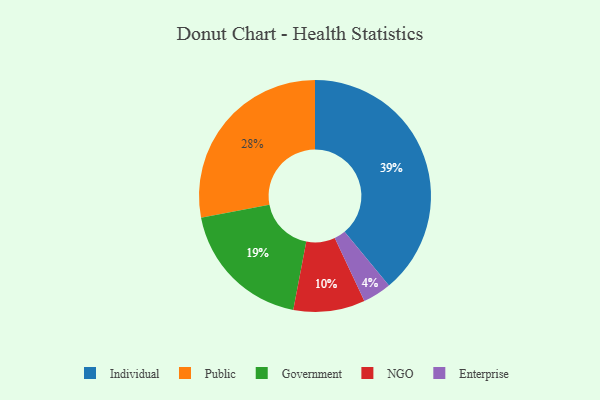
{"axis": {"x": "Category", "y": "Percentage"}, "legend": ["Enterprise", "Government", "Individual", "NGO", "Public"], "data": [{"x": "Government", "y": 19, "type": "Government"}, {"x": "Individual", "y": 39, "type": "Individual"}, {"x": "Enterprise", "y": 4, "type": "Enterprise"}, {"x": "NGO", "y": 10, "type": "NGO"}, {"x": "Public", "y": 28, "type": "Public"}]}